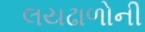
લયઢાળોની